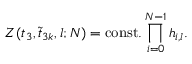
Z ( t _ { 3 } , \tilde { t } _ { 3 k } , l ; N ) = \mathrm { c o n s t . } \prod _ { i = 0 } ^ { N - 1 } h _ { i , l } .